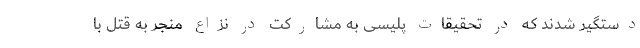
دستگیر شدند که در تحقیقات پلیسی به مشارکت در نزاع منجر به قتل با